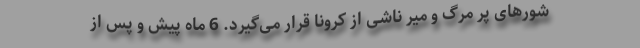
شورهای پر مرگ و میر ناشی از کرونا قرار می‌گیرد. 6 ماه پیش و پس از